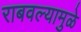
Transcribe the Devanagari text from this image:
राबवल्यामुळे